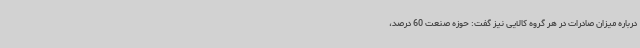
درباره میزان صادرات در هر گروه کالایی نیز گفت: حوزه صنعت 60 درصد،